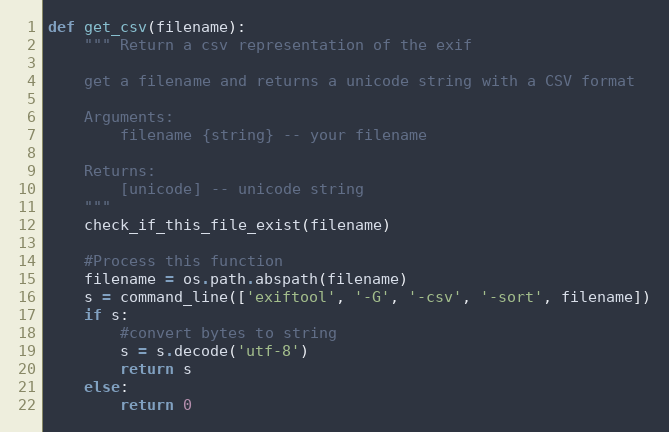
Language: Python
def get_csv(filename):
    """ Return a csv representation of the exif

    get a filename and returns a unicode string with a CSV format

    Arguments:
        filename {string} -- your filename

    Returns:
        [unicode] -- unicode string
    """
    check_if_this_file_exist(filename)

    #Process this function
    filename = os.path.abspath(filename)
    s = command_line(['exiftool', '-G', '-csv', '-sort', filename])
    if s:
        #convert bytes to string
        s = s.decode('utf-8')
        return s
    else:
        return 0